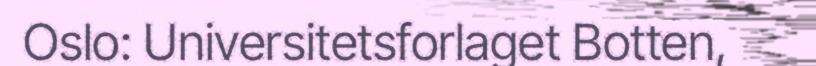
Oslo: Universitetsforlaget Botten,